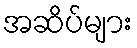
အဆိပ်များ